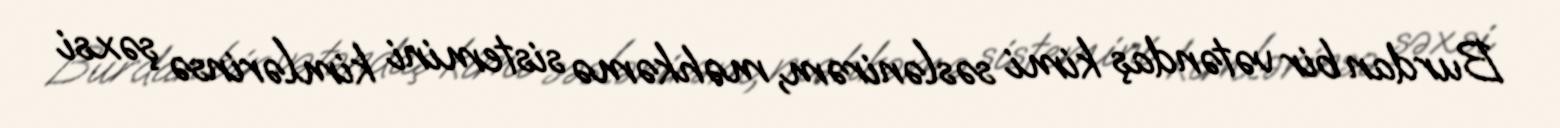
Burdan bir vətəndaş kimi səslənirəm, məhkəmə sistemini kimlərinsə şəxsi